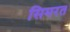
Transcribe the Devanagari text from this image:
सिमरत